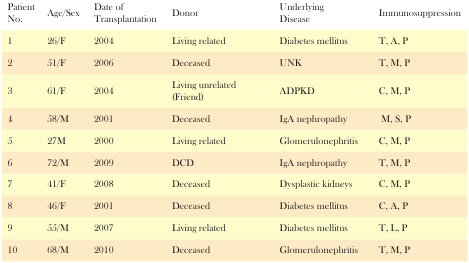
<table><thead><tr><td><b>Patient No.</b></td><td><b>Age/Sex</b></td><td><b>Date ofTransplantation</b></td><td><b>Donor</b></td><td><b>UnderlyingDisease</b></td><td><b>Immunosuppression</b></td></tr></thead><tbody><tr><td>1</td><td>26/F</td><td>2004</td><td>Living related</td><td>Diabetes mellitus</td><td>T, A, P</td></tr><tr><td>2</td><td>51/F</td><td>2006</td><td>Deceased</td><td>UNK</td><td>T, M, P</td></tr><tr><td>3</td><td>61/F</td><td>2004</td><td>Living unrelated (Friend)</td><td>ADPKD</td><td>C, M, P</td></tr><tr><td>4</td><td>58/M</td><td>2001</td><td>Deceased</td><td>IgA nephropathy</td><td> M, S, P</td></tr><tr><td>5</td><td>27M</td><td>2000</td><td>Living related</td><td>Glomerulonephritis</td><td>C, M, P</td></tr><tr><td>6</td><td>72/M</td><td>2009</td><td>DCD</td><td>IgA nephropathy</td><td>T, M, P</td></tr><tr><td>7</td><td>41/F</td><td>2008</td><td>Deceased</td><td>Dysplastic kidneys</td><td>C, M, P</td></tr><tr><td>8</td><td>46/F</td><td>2001</td><td>Deceased</td><td>Diabetes mellitus</td><td>C, A, P</td></tr><tr><td>9</td><td>55/M</td><td>2007</td><td>Living related</td><td>Diabetes mellitus</td><td>T, L, P</td></tr><tr><td>10</td><td>68/M</td><td>2010</td><td>Deceased</td><td>Glomerulonephritis</td><td>T, M, P</td></tr></tbody></table>